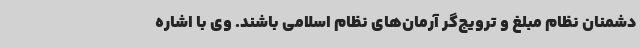
دشمنان نظام مبلغ و ترویج‌گر آرمان‌های نظام اسلامی باشند. وی با اشاره